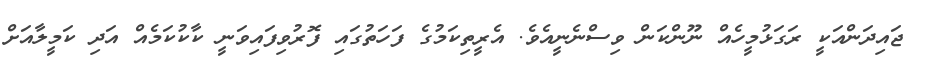
ޖައިދަންއަކީ ރަގަޅުމީހެއް ނޫންކަން ވިސްނެނީއެވެ. އެރީތިކަމުގެ ފަހަތުގައި ފޮރުވިފައިވަނީ ކާކުކަމެއް އަދި ކަމީލާއަށް